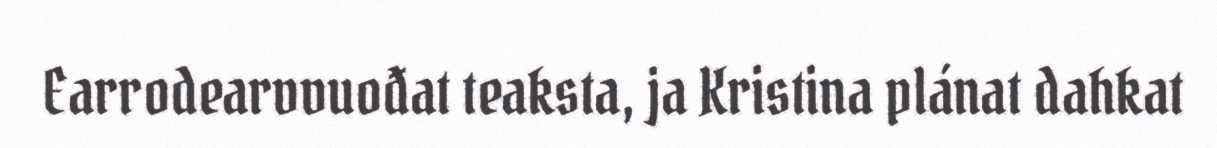
Earrodearvvuođat teaksta, ja Kristina plánat dahkat